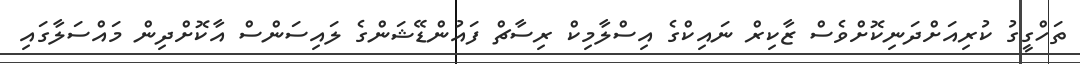
ތަހްގީގު ކުރިއަށްދަނިކޮށްވެސް ޒާކިރް ނައިކްގެ އިސްލާމިކް ރިސާޗް ފައުންޑޭޝަންގެ ލައިސަންސް އާކޮށްދިން މައްސަލާގައި